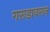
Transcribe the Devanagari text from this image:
गरूडावरून